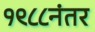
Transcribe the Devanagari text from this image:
१९८८नंतर